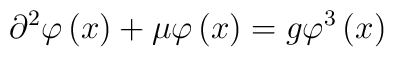
\partial^{2}\varphi\left( x \right)+\mu \varphi\left( x\right)=g\varphi^{3}\left( x \right)